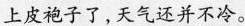
上皮袍子了，天气还并不冷。